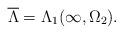
LaTeX: \begin{align*}\overline{\Lambda}=\Lambda_{1}(\infty,\Omega_{2}).\end{align*}